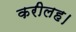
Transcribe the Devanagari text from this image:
करीलह।